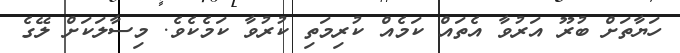
ހަޔާތަށް ބުރޫ އަރުވާ އެތައް ކަމެއް ކުރިމަތި ކުރުވާ ކަމެކެވެ. މިސާލަކަށް ލޭގެ